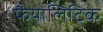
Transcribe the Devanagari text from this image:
फैयालिटिक